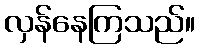
လှန်နေကြသည်။